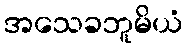
အသေခဘူမိယံ